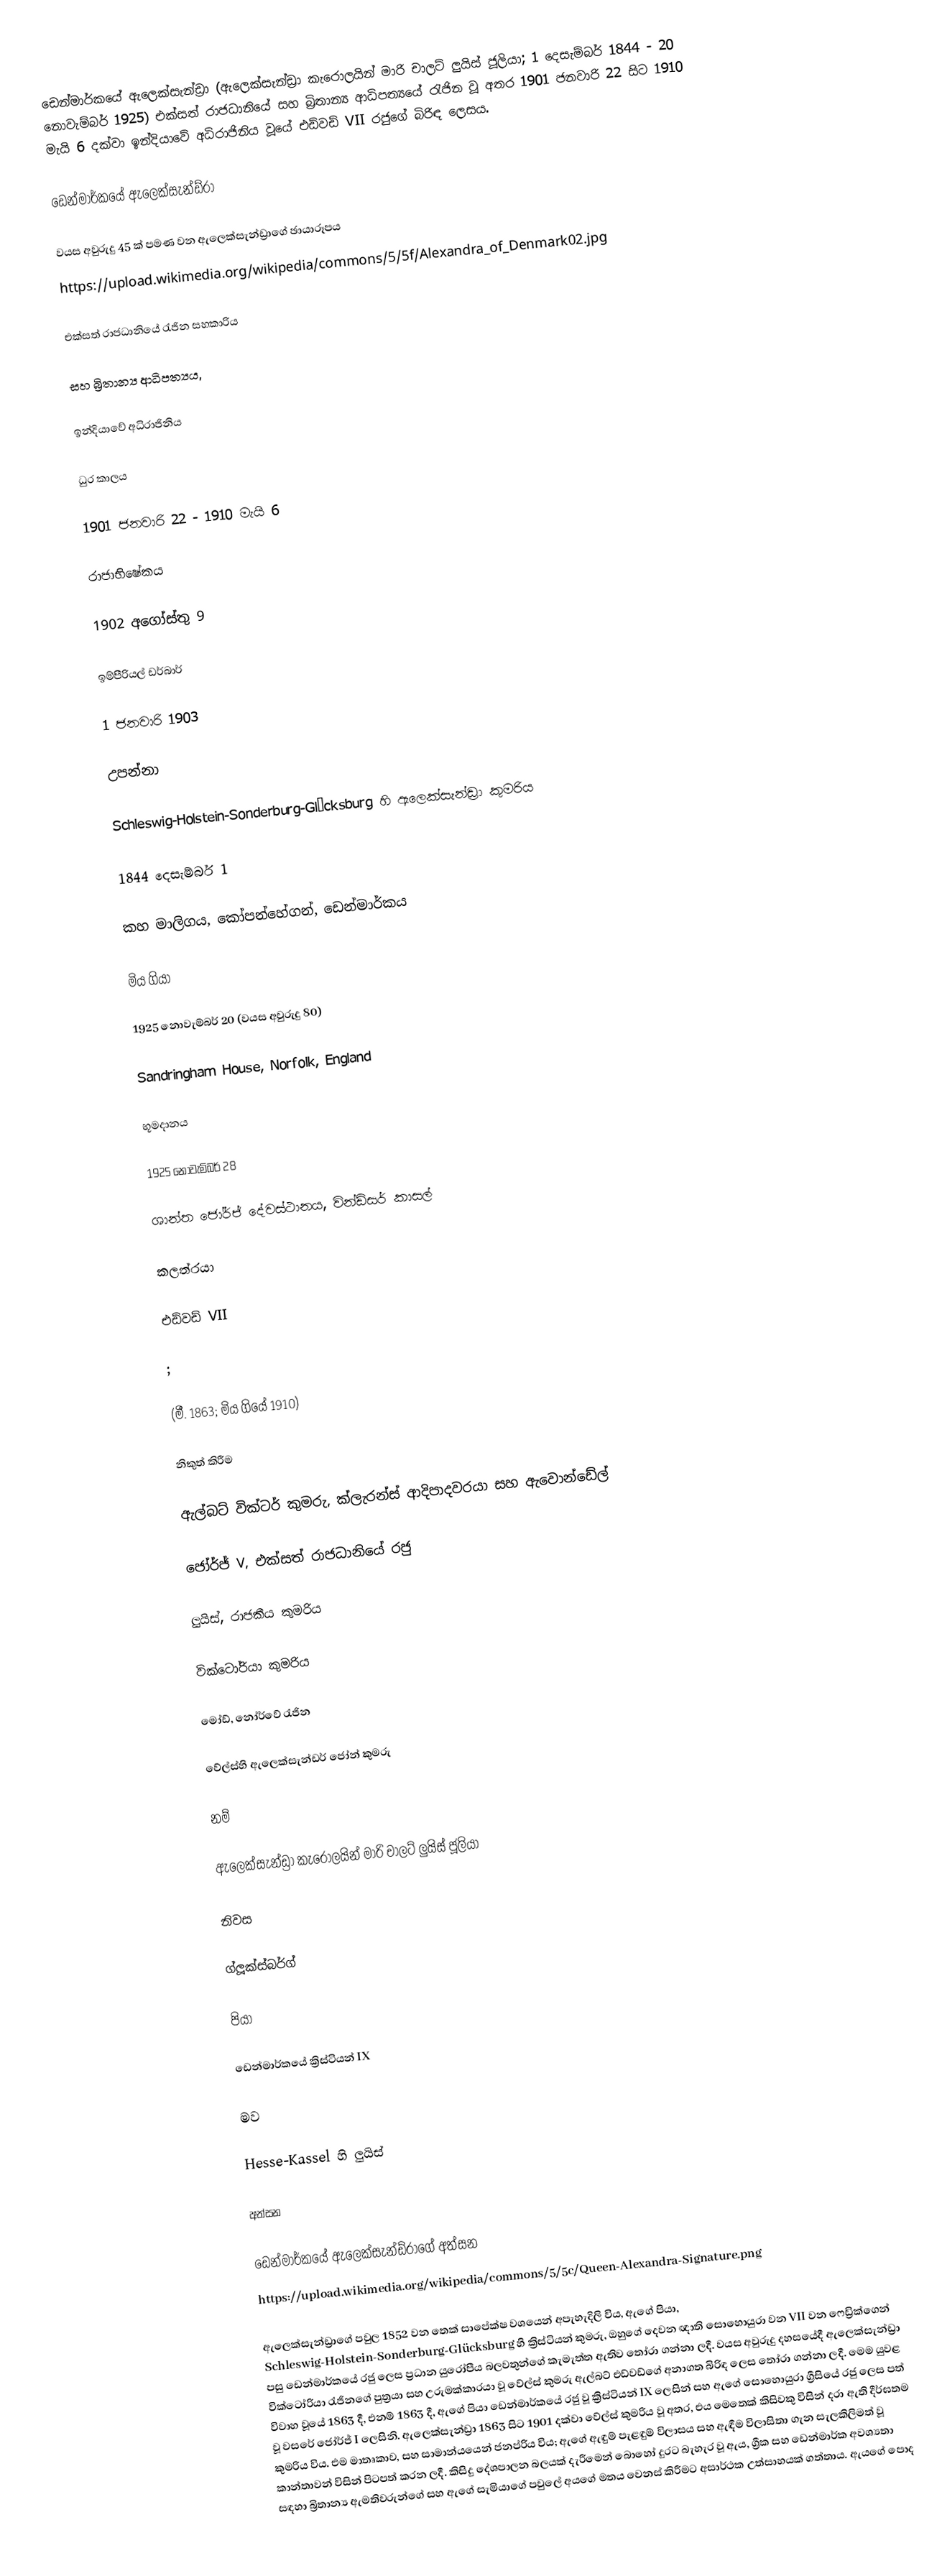
ඩෙන්මාර්කයේ ඇලෙක්සැන්ඩ්‍රා (ඇලෙක්සැන්ඩ්‍රා කැරොලයින් මාරි චාලට් ලුයිස් ජූලියා; 1 දෙසැම්බර් 1844 - 20 නොවැම්බර් 1925) එක්සත් රාජධානියේ සහ බ්‍රිතාන්‍ය ආධිපත්‍යයේ රැජින වූ අතර 1901 ජනවාරි 22 සිට 1910 මැයි 6 දක්වා ඉන්දියාවේ අධිරාජිනිය වූයේ එඩ්වඩ් VII රජුගේ බිරිඳ ලෙසය.

ඩෙන්මාර්කයේ ඇලෙක්සැන්ඩ්රා

වයස අවුරුදු 45 ක් පමණ වන ඇලෙක්සැන්ඩ්‍රාගේ ඡායාරූපය
https://upload.wikimedia.org/wikipedia/commons/5/5f/Alexandra_of_Denmark02.jpg

එක්සත් රාජධානියේ රැජින සහකාරිය

සහ බ්‍රිතාන්‍ය ආධිපත්‍යය,

ඉන්දියාවේ අධිරාජිනිය

ධුර කාලය

1901 ජනවාරි 22 - 1910 මැයි 6

රාජාභිෂේකය

1902 අගෝස්තු 9

ඉම්පීරියල් ඩර්බාර්

1 ජනවාරි 1903

උපන්නා

Schleswig-Holstein-Sonderburg-Glücksburg හි ඇලෙක්සැන්ඩ්‍රා කුමරිය

1844 දෙසැම්බර් 1

කහ මාලිගය, කෝපන්හේගන්, ඩෙන්මාර්කය

මිය ගියා

1925 නොවැම්බර් 20 (වයස අවුරුදු 80)

Sandringham House, Norfolk, England

භූමදානය

1925 නොවැම්බර් 28

ශාන්ත ජෝර්ජ් දේවස්ථානය, වින්ඩ්සර් කාසල්

කලත්රයා

එඩ්වඩ් VII

;

(මී. 1863; මිය ගියේ 1910)

නිකුත් කිරීම

ඇල්බට් වික්ටර් කුමරු, ක්ලැරන්ස් ආදිපාදවරයා සහ ඇවොන්ඩේල්

ජෝර්ජ් V, එක්සත් රාජධානියේ රජු

ලුයිස්, රාජකීය කුමරිය

වික්ටෝරියා කුමරිය

මෝඩ්, නෝර්වේ රැජින

වේල්ස්හි ඇලෙක්සැන්ඩර් ජෝන් කුමරු

නම්

ඇලෙක්සැන්ඩ්‍රා කැරොලයින් මාරි චාලට් ලුයිස් ජූලියා

නිවස

ග්ලූක්ස්බර්ග්

පියා

ඩෙන්මාර්කයේ ක්‍රිස්ටියන් IX

මව

Hesse-Kassel හි ලුයිස්

අත්සන

ඩෙන්මාර්කයේ ඇලෙක්සැන්ඩ්රාගේ අත්සන
https://upload.wikimedia.org/wikipedia/commons/5/5c/Queen-Alexandra-Signature.png

ඇලෙක්සැන්ඩ්‍රාගේ පවුල 1852 වන තෙක් සාපේක්ෂ වශයෙන් අපැහැදිලි විය, ඇගේ පියා, Schleswig-Holstein-Sonderburg-Glücksburg හි ක්‍රිස්ටියන් කුමරු, ඔහුගේ දෙවන ඥාති සොහොයුරා වන VII වන ෆෙඩ්‍රික්ගෙන් පසු ඩෙන්මාර්කයේ රජු ලෙස ප්‍රධාන යුරෝපීය බලවතුන්ගේ කැමැත්ත ඇතිව තෝරා ගන්නා ලදී. වයස අවුරුදු දහසයේදී ඇලෙක්සැන්ඩ්‍රා වික්ටෝරියා රැජිනගේ පුත්‍රයා සහ උරුමක්කාරයා වූ වේල්ස් කුමරු ඇල්බට් එඩ්වඩ්ගේ අනාගත බිරිඳ ලෙස තෝරා ගන්නා ලදී. මෙම යුවළ විවාහ වූයේ 1863 දී, එනම් 1863 දී, ඇගේ පියා ඩෙන්මාර්කයේ රජු වූ ක්‍රිස්ටියන් IX ලෙසින් සහ ඇගේ සොහොයුරා ග්‍රීසියේ රජු ලෙස පත් වූ වසරේ ජෝර්ජ් I ලෙසිනි. ඇලෙක්සැන්ඩ්‍රා 1863 සිට 1901 දක්වා වේල්ස් කුමරිය වූ අතර, එය මෙතෙක් කිසිවකු විසින් දරා ඇති දීර්ඝතම කුමරිය විය. එම මාතෘකාව, සහ සාමාන්යයෙන් ජනප්රිය විය; ඇගේ ඇඳුම් පැළඳුම් විලාසය සහ ඇඳීම විලාසිතා ගැන සැලකිලිමත් වූ කාන්තාවන් විසින් පිටපත් කරන ලදී. කිසිදු දේශපාලන බලයක් දැරීමෙන් බොහෝ දුරට බැහැර වූ ඇය, ග්‍රීක සහ ඩෙන්මාර්ක අවශ්‍යතා සඳහා බ්‍රිතාන්‍ය ඇමතිවරුන්ගේ සහ ඇගේ සැමියාගේ පවුලේ අයගේ මතය වෙනස් කිරීමට අසාර්ථක උත්සාහයක් ගත්තාය. ඇයගේ පොද